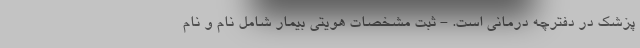
پزشک در دفترچه درمانی است. - ثبت مشخصات هویتی بیمار شامل نام و نام